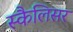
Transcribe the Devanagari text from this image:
स्कैलिसर